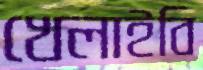
খেলাইবি